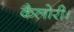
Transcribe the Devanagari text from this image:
कैलोरी।